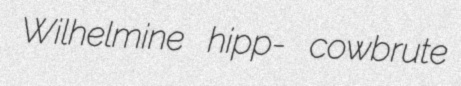
Wilhelmine hipp- cowbrute